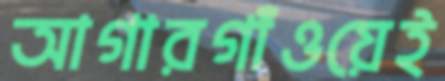
আগারগাঁওয়েই